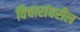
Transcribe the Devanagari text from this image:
विचारांवरील